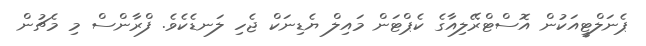
ޕެނަލްޓީއަކުން އޮސްޓްރޭލިއާގެ ކެޕްޓަން މައިލް ޔެޑިނަކް ޖެހި ލަނޑެކެވެ. ފްރާންސް މި މެޗުން